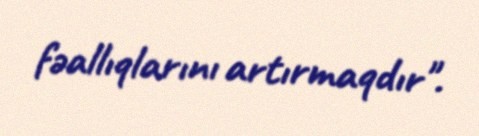
fəallıqlarını artırmaqdır".